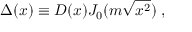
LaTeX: \Delta ( x ) \equiv D ( x ) J _ { 0 } ( m \sqrt { x ^ { 2 } } ) \; ,